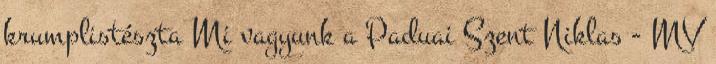
krumplistészta Mi vagyunk a Paduai Szent Niklas - MV